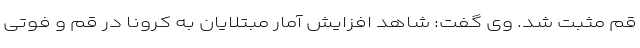
قم مثبت شد. وی گفت: شاهد افزایش آمار مبتلایان به کرونا در قم و فوتی